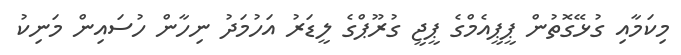
މިކަމާއި ގުޅޭގޮތުން ޕީޕީއެމްގެ ޕީޖީ ގުރޫޕްގެ ލީޑަރު އަހުމަދު ނިހާން ހުސައިން މަނިކު